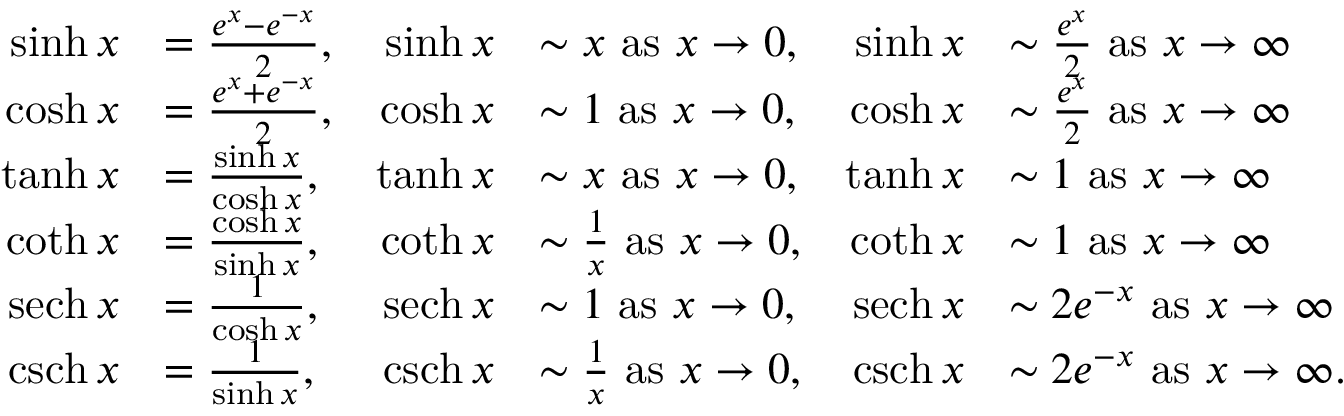
\begin{array} { r l r l r l } { \sinh x } & { = \frac { e ^ { x } - e ^ { - x } } { 2 } , } & { \sinh x } & { \sim x \mathrm { ~ a s ~ } x \rightarrow 0 , } & { \sinh x } & { \sim \frac { e ^ { x } } { 2 } \mathrm { ~ a s ~ } x \rightarrow \infty } \\ { \cosh x } & { = \frac { e ^ { x } + e ^ { - x } } { 2 } , } & { \cosh x } & { \sim 1 \mathrm { ~ a s ~ } x \rightarrow 0 , } & { \cosh x } & { \sim \frac { e ^ { x } } { 2 } \mathrm { ~ a s ~ } x \rightarrow \infty } \\ { \operatorname { t a n h } x } & { = \frac { \sinh x } { \cosh x } , } & { \operatorname { t a n h } x } & { \sim x \mathrm { ~ a s ~ } x \rightarrow 0 , } & { \operatorname { t a n h } x } & { \sim 1 \mathrm { ~ a s ~ } x \rightarrow \infty } \\ { \coth x } & { = \frac { \cosh x } { \sinh x } , } & { \coth x } & { \sim \frac { 1 } { x } \mathrm { ~ a s ~ } x \rightarrow 0 , } & { \coth x } & { \sim 1 \mathrm { ~ a s ~ } x \rightarrow \infty } \\ { \operatorname { s e c h } x } & { = \frac { 1 } { \cosh x } , } & { \operatorname { s e c h } x } & { \sim 1 \mathrm { ~ a s ~ } x \rightarrow 0 , } & { \operatorname { s e c h } x } & { \sim 2 e ^ { - x } \mathrm { ~ a s ~ } x \rightarrow \infty } \\ { \operatorname { c s c h } x } & { = \frac { 1 } { \sinh x } , } & { \operatorname { c s c h } x } & { \sim \frac { 1 } { x } \mathrm { ~ a s ~ } x \rightarrow 0 , } & { \operatorname { c s c h } x } & { \sim 2 e ^ { - x } \mathrm { ~ a s ~ } x \rightarrow \infty . } \end{array}